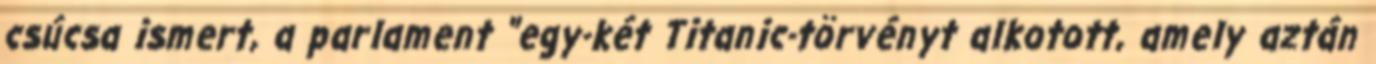
csúcsa ismert, a parlament "egy-két Titanic-törvényt alkotott, amely aztán